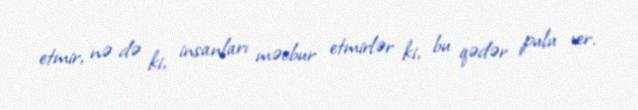
etmir, nə də ki, insanları məcbur etmirlər ki, bu qədər pulu ver.